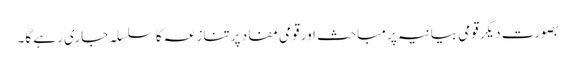
بصورت دیگر قومی بیانیہ پر مباحث اور قومی مفاد پر تنازعہ کا سلسلہ جاری رہے گا۔